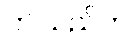
ဤသည်က